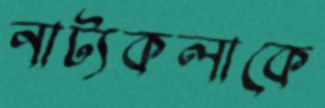
নাট্যকলাকে